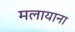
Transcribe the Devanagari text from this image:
मलायाना